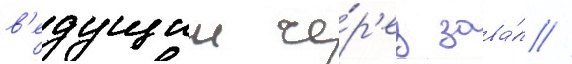
в'едущии че́р'ез зава́л //